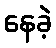
နေခဲ့